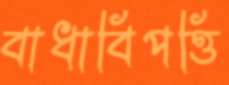
বাধাবিপত্তি